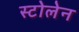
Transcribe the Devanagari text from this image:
स्टोलेन